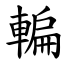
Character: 䡢